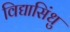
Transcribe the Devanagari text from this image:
विद्यासिंधु